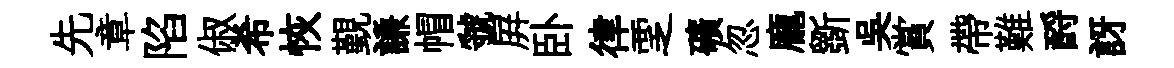
先章陷俶希恢覲謙帽虢屛卧律覂礦忽龐斵吳賞帶難酹訝